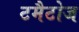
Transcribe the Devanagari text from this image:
टमैटोज